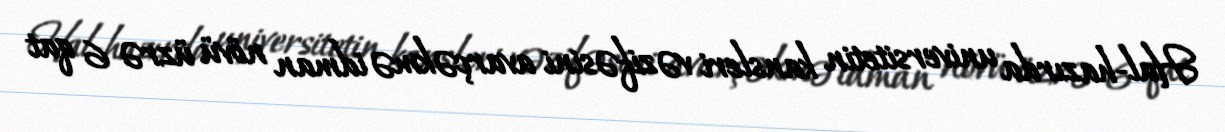
Hal-hazırda universitetin kansleri vəzifəsini avarçəkmə idman növü üzrə 6 qat